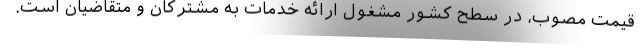
قیمت مصوب، در سطح کشور مشغول ارائه خدمات به مشترکان و متقاضیان است.